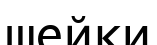
шейки